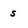
Character: s